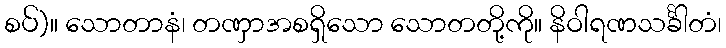
စပ်)။ သောတာနံ၊ တဏှာအစရှိသော သောတတို့ကို။ နိဝါရဏသင်္ခါတံ၊